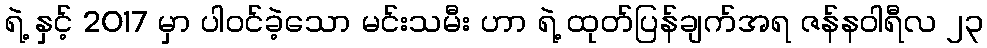
ရဲ့ နှင့် 2017 မှာ ပါဝင်ခဲ့သော မင်းသမီး ဟာ ရဲ့ ထုတ်ပြန်ချက်အရ ဇန်နဝါရီလ ၂၃